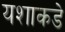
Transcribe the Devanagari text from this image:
यशाकडे